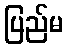
ပြည်မ